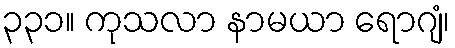
၃၃၁။ ကုသလာ နာမယာ ရောဂျံ၊